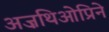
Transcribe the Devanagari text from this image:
अज़थिओप्रिने